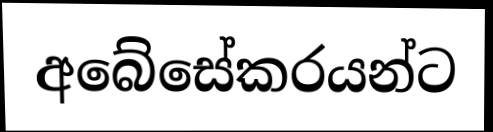
අබේසේකරයන්ට